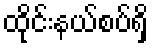
ထိုင်းနယ်စပ်ရှိ